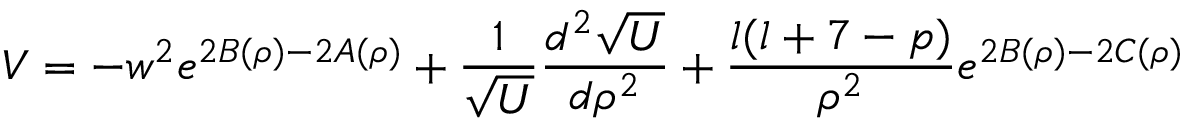
V = - w ^ { 2 } e ^ { 2 B ( \rho ) - 2 A ( \rho ) } + \frac { 1 } { \sqrt U } \frac { d ^ { 2 } \sqrt U } { d \rho ^ { 2 } } + \frac { l ( l + 7 - p ) } { \rho ^ { 2 } } e ^ { 2 B ( \rho ) - 2 C ( \rho ) }